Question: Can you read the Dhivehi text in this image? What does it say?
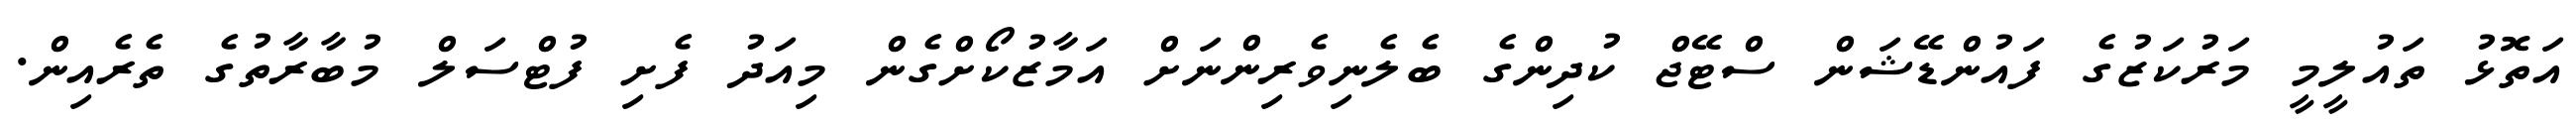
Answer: އަތޮޅު ތައުލީމީ މަރުކަޒުގެ ފައުންޑޭޝަން ސްޓޭޖް ކުދިންގެ ބެލެނިވެރިންނަށް އަމާޒުކޯށްގެން މިއަދު ފެށި ފުޓްސަލް މުބާރާތުގެ ތެރެއިން.